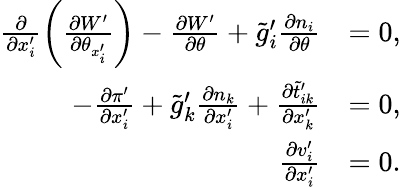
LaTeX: \begin{array}{rl}{\frac{\partial}{\partial x_{i}^{\prime}}\left(\frac{\partial W^{\prime}}{\partial\theta_{x_{i}^{\prime}}}\right)-\frac{\partial W^{\prime}}{\partial\theta}+\tilde{g}_{i}^{\prime}\frac{\partial n_{i}}{\partial\theta}}&{=0,}\\ {-\frac{\partial\pi^{\prime}}{\partial x_{i}^{\prime}}+\tilde{g}_{k}^{\prime}\frac{\partial n_{k}}{\partial x_{i}^{\prime}}+\frac{\partial\tilde{t}_{ik}^{\prime}}{\partial x_{k}^{\prime}}}&{=0,}\\ {\frac{\partial v_{i}^{\prime}}{\partial x_{i}^{\prime}}}&{=0.}\end{array}